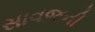
સાવજની